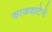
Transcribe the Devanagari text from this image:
काजवाटेने